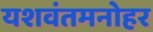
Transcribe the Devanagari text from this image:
यशवंतमनोहर